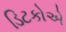
ડિટકોએ